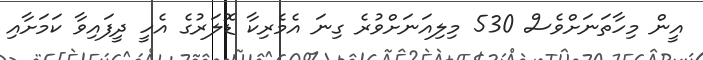
އީން މިހާތަނަށްވެސް 530 މިލިއަނަށްވުރެ ގިނަ އެމެރިކާ ޑޮލަރުގެ އެހީ ދީފައިވާ ކަމަށާއި